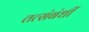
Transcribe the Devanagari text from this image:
तत्संबंधीं